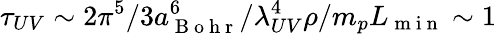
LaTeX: \tau_{UV}\sim 2\pi^{5}/3a_{\mathrm{~B~o~h~r~}}^{6}/\lambda_{UV}^{4}\rho/m_{p}L_{\mathrm{~m~i~n~}}\sim 1